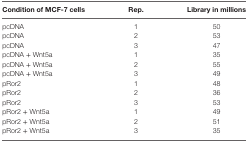
<table><thead><tr><td><b>Condition of MCF-7 cells</b></td><td><b>Rep.</b></td><td><b>Library in millions</b></td></tr></thead><tbody><tr><td>pcDNA</td><td>1</td><td>50</td></tr><tr><td>pcDNA</td><td>2</td><td>53</td></tr><tr><td>pcDNA</td><td>3</td><td>47</td></tr><tr><td>pcDNA + Wnt5a</td><td>1</td><td>35</td></tr><tr><td>pcDNA + Wnt5a</td><td>2</td><td>55</td></tr><tr><td>pcDNA + Wnt5a</td><td>3</td><td>49</td></tr><tr><td>pRor2</td><td>1</td><td>48</td></tr><tr><td>pRor2</td><td>2</td><td>36</td></tr><tr><td>pRor2</td><td>3</td><td>53</td></tr><tr><td>pRor2 + Wnt5a</td><td>1</td><td>49</td></tr><tr><td>pRor2 + Wnt5a</td><td>2</td><td>51</td></tr><tr><td>pRor2 + Wnt5a</td><td>3</td><td>35</td></tr></tbody></table>